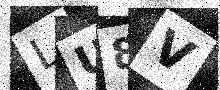
Text: LU8V